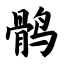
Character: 鹘